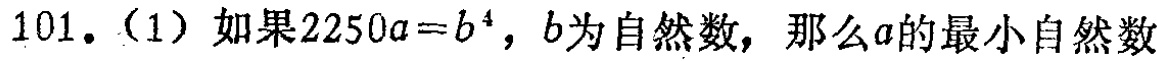
101.（1）如果\(2250a = b^{4}\)，\(b\)为自然数，那么\(a\)的最小自然数